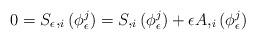
LaTeX: \begin{align*}0= S_{\epsilon},_i(\phi^j_{\epsilon}) =S,_i(\phi^j_{\epsilon}) + \epsilon A,_i(\phi^j_{\epsilon})\end{align*}